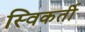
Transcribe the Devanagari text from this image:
स्विकर्ती